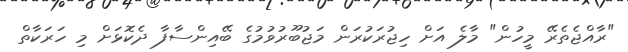
"ރާއްޖެތެރޭ މީހުން" މާލެ އަށް ހިޖުރަކުރަން މަޖުބޫރުވުމުގެ ބޭއިންސާފާ ދެކޮޅަށް މި ހަރަކާތް